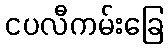
ငပလီကမ်းခြေ